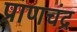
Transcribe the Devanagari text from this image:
प्राणचंद्र